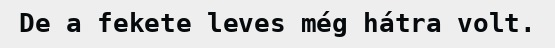
De a fekete leves még hátra volt.